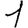
Digit: 1